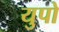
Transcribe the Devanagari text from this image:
युपो